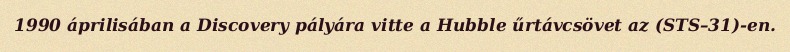
1990 áprilisában a Discovery pályára vitte a Hubble űrtávcsövet az (STS–31)-en.